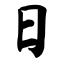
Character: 日